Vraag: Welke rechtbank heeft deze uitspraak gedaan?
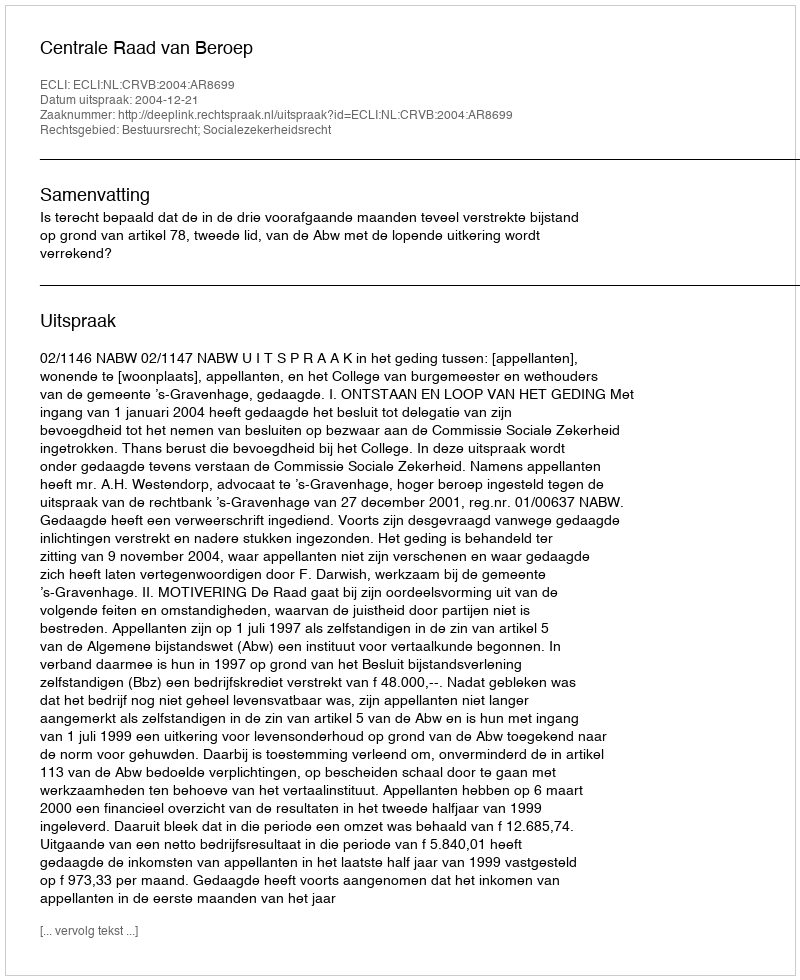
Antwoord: Centrale Raad van Beroep